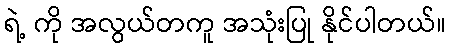
ရဲ့ ကို အလွယ်တကူ အသုံးပြု နိုင်ပါတယ်။